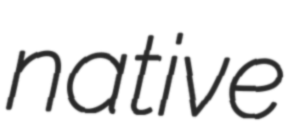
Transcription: native